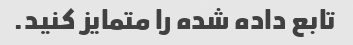
تابع داده شده را متمایز کنید.